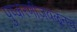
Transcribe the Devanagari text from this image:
पुष्करणीजवळूनच